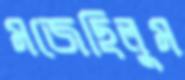
মজেছিলুম